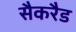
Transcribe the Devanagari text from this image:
सैकरैड